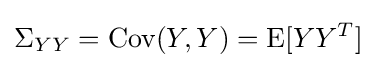
\Sigma _{YY}=\operatorname {Cov} (Y,Y)=\operatorname {E} [YY^{T}]